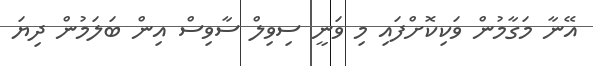
އޭނާ މަގާމުން ވަކިކޮށްފައި މި ވަނީ ސިވިލް ސާވިސް އިން ބަލަމުން ދިޔަ